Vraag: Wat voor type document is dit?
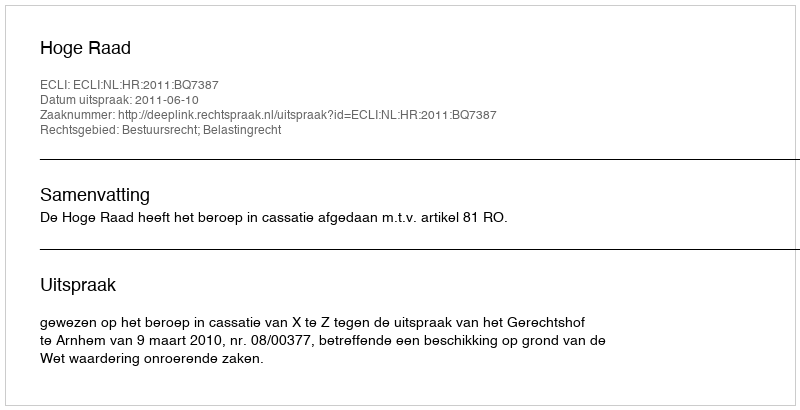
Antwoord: Uitspraak